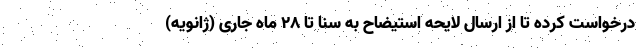
درخواست کرده تا از ارسال لایحه استیضاح به سنا تا ۲۸ ماه جاری (ژانویه)